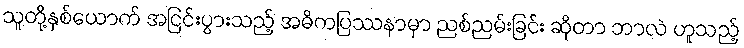
သူတို့နှစ်ယောက် အငြင်းပွားသည့် အဓိကပြဿနာမှာ ညစ်ညမ်းခြင်း ဆိုတာ ဘာလဲ ဟူသည့်